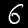
Digit: 6